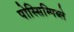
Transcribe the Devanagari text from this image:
पोस्सिम्पिब्ले